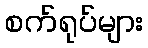
စက်ရုပ်များ